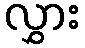
လွှား